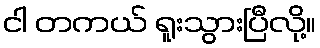
ငါ တကယ် ရူးသွားပြီလို့။